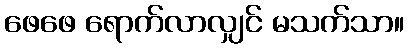
ဖေဖေ ရောက်လာလျှင် မသက်သာ။